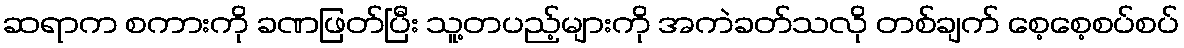
ဆရာက စကားကို ခဏဖြတ်ပြီး သူ့တပည့်များကို အကဲခတ်သလို တစ်ချက် စေ့စေ့စပ်စပ်